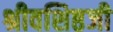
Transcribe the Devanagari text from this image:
श्रीवशिष्ठजी